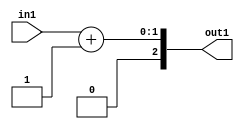
`timescale 1ps / 1ps
/*****************************************************************************
    Verilog RTL Description
    
    
    Created by: Stratus DpOpt 2019.1.01 
*******************************************************************************/

module SobelFilter_Add2i1u1_4 (
	in1,
	out1
	); /* architecture "behavioural" */ 
input  in1;
output [2:0] out1;
wire [2:0] asc001;

assign asc001 = 
	+(in1)
	+(3'B001);

assign out1 = asc001;
endmodule

/* CADENCE  urj1SQo= : u9/ySgnWtBlWxVPRXgAZ4Og= ** DO NOT EDIT THIS LINE ******/